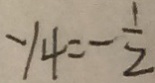
y _ { 4 } = - \frac { 1 } { 2 }